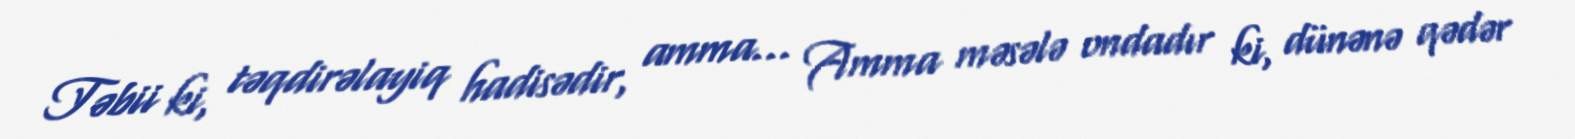
Təbii ki, təqdirəlayiq hadisədir, amma... Amma məsələ ondadır ki, dünənə qədər